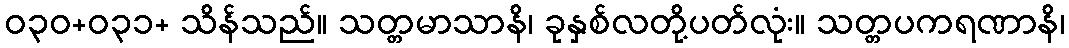
ဝ၃၀+ဝ၃၁+ သိန်သည်။ သတ္တမာသာနိ၊ ခုနှစ်လတို့ပတ်လုံး။ သတ္တပကရဏာနိ၊